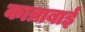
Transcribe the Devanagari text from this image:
कात्राबाई